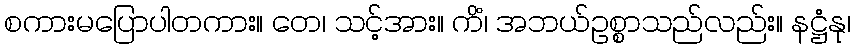
စကားမပြောပါတကား။ တေ၊ သင့်အား။ ကိံ၊ အဘယ်ဥစ္စာသည်လည်း။ နဋ္ဌံနု၊